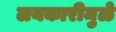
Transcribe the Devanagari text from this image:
लयकारीमुळे